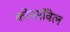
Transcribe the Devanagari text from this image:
कोनर्सविल